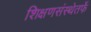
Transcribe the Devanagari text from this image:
शिक्षणसंस्थेतर्फे